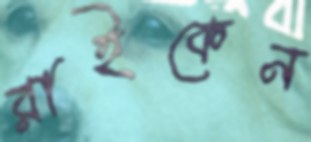
রাইকেন